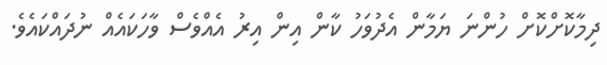
ދިމާކޮށްކޮށް ހުންނަ ޔަމާން އެދުވަހު ކާން އިން އިރު އެއްވެސް ވާހަކައެއް ނުދައްކައެވެ.